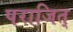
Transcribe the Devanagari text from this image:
पराजित्